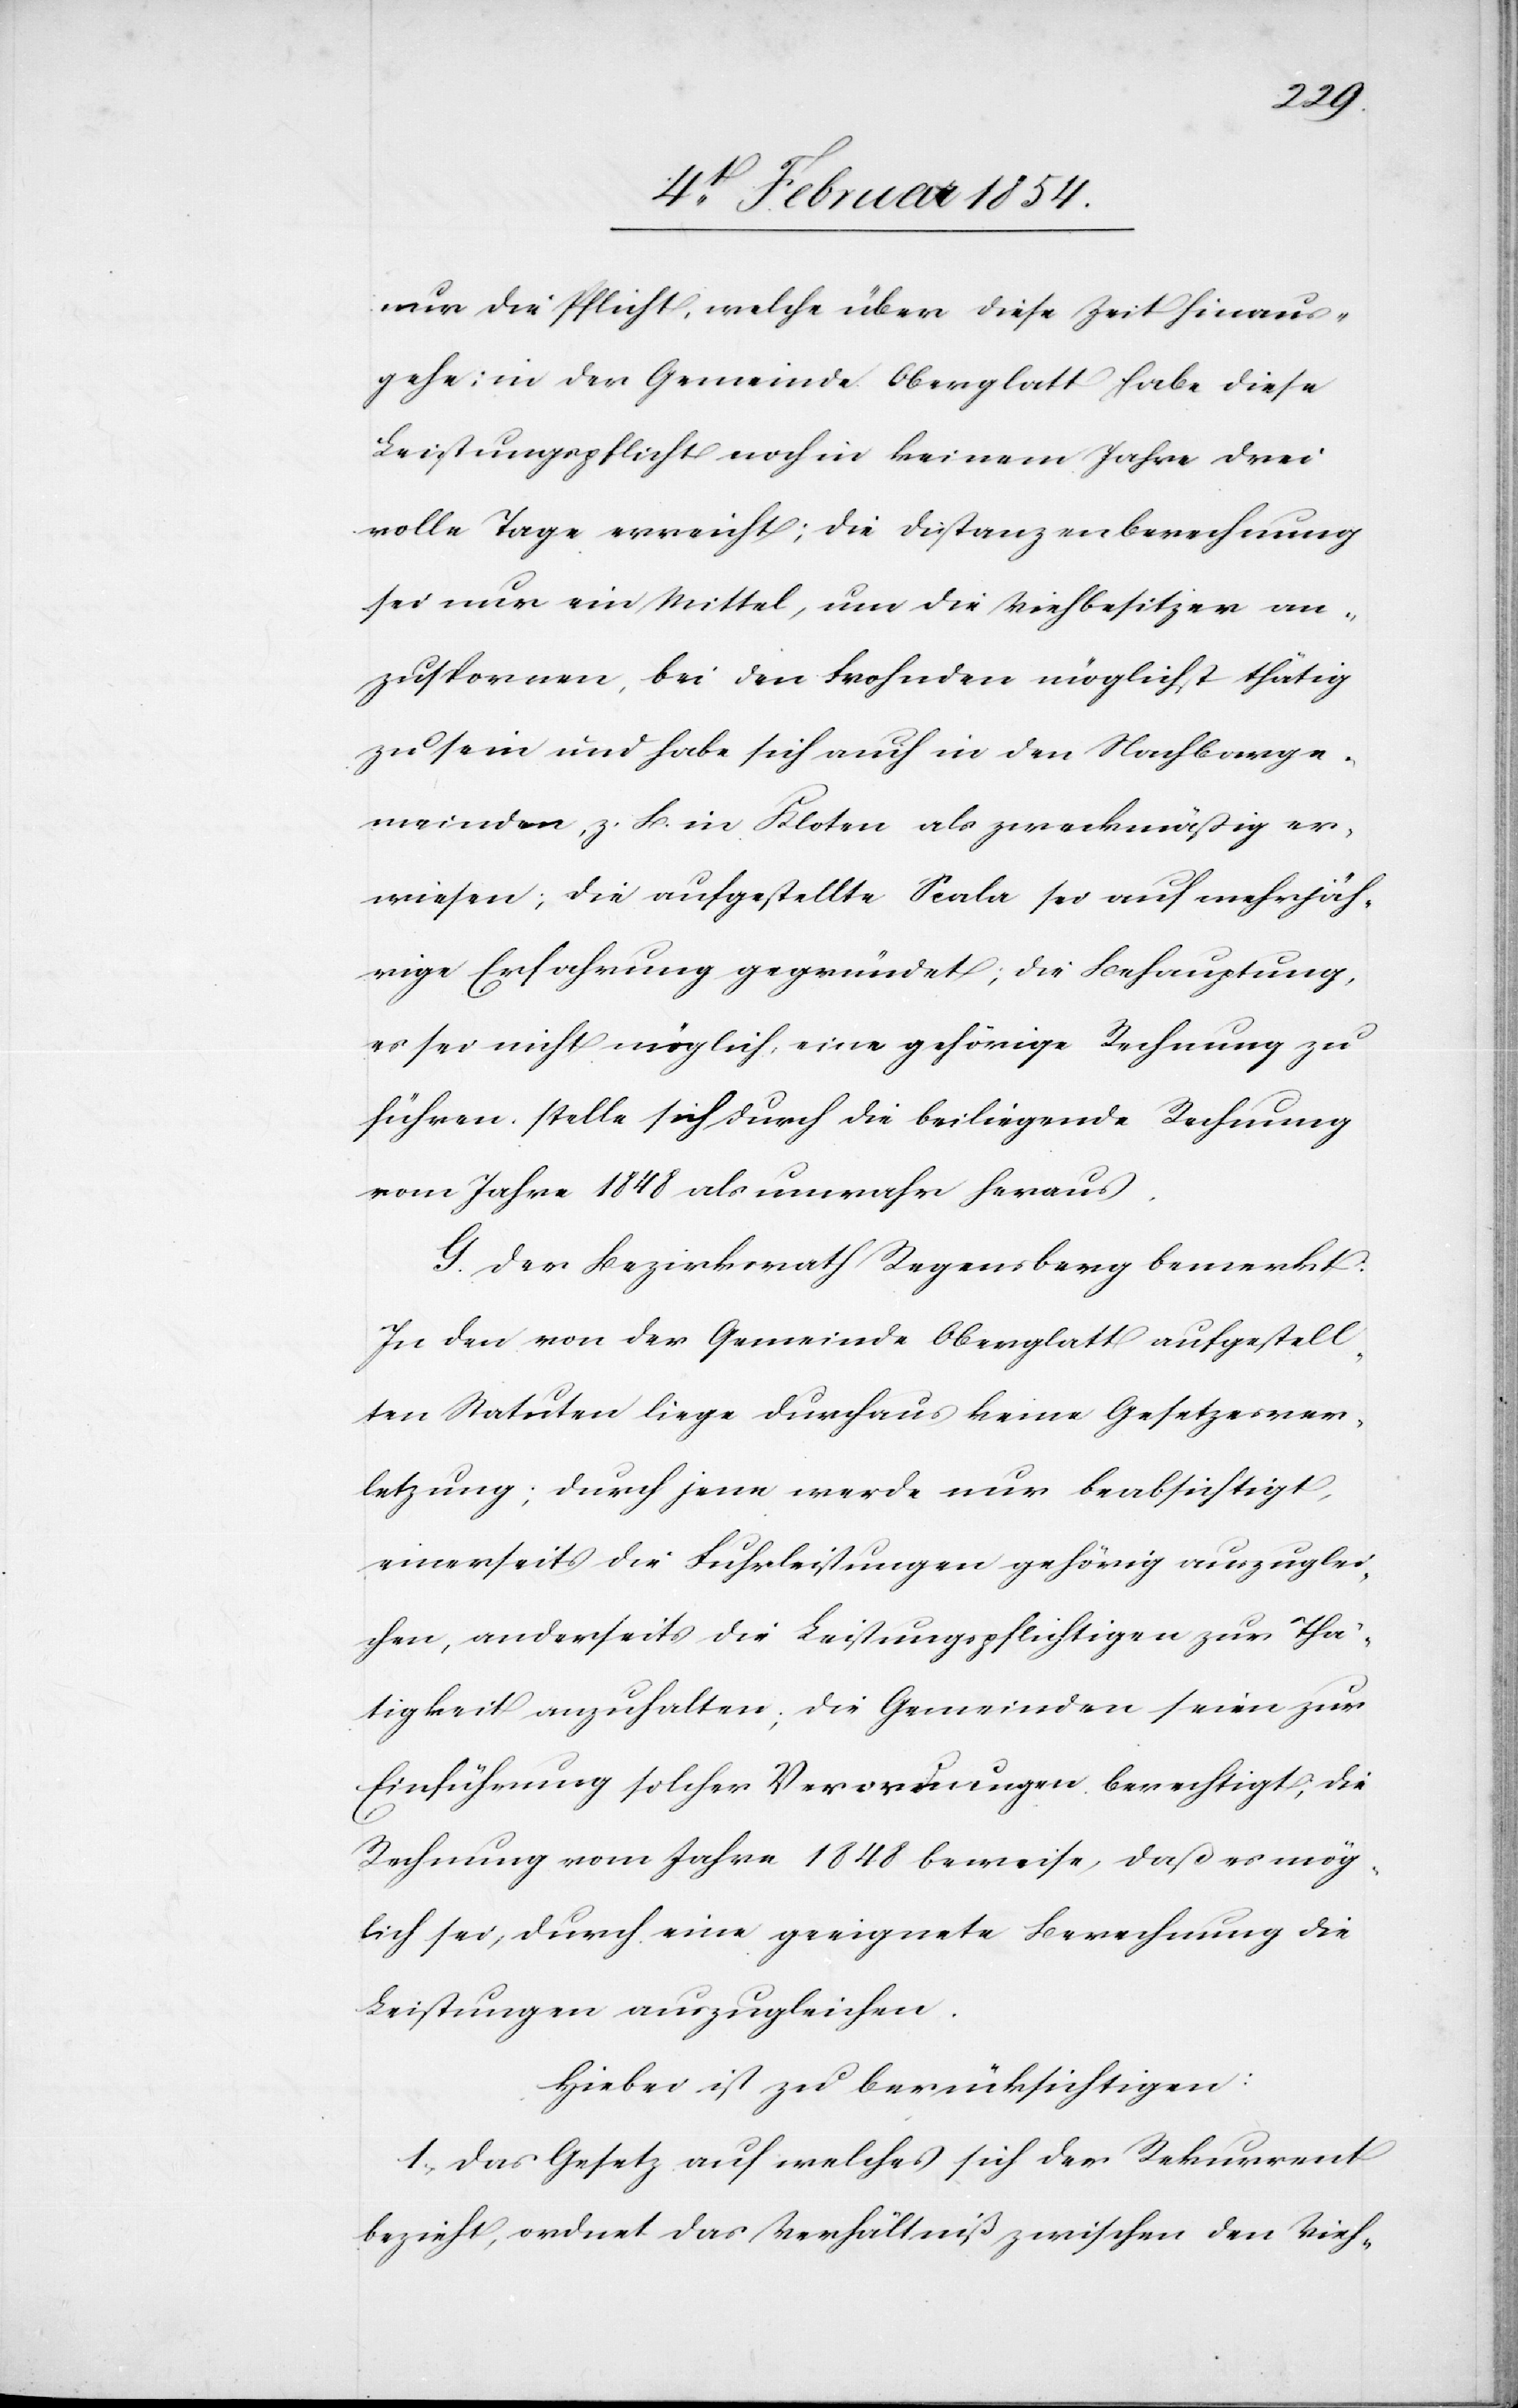
nur die Pflicht, welche über diese Zeit hinaus¬
gehe; in der Gemeinde Oberglatt habe diese
Leistungspflicht noch in keinem Jahre drei
volle Tage erreicht; die Distanzenberechnung
sei nur ein Mittel, um die Viehbesitzer an¬
zuspornen, bei den Frohnden möglichst thätig
zu sein und habe sich auch in den Nachbarge¬
meinden, z. B. in Kloten als zweckmäßig er¬
weisen; die aufgestellte Scala sei auf mehrjäh¬
rige Erfahrung gegründet; die Behauptung,
es sei nicht möglich, eine gehörige Rechnung zu
führen, stelle sich durch die beiliegende Rechnung
vom Jahre 1848 als unwahr heraus.
G. Der Bezirksrath Regensberg bemerkt:
In den von der Gemeinde Oberglatt aufgestell¬
ten Statuten liege durchaus keine Gesetzesver¬
letzung; durch jene werde nur beabsichtigt,,
einerseits die Fuhrleistungen gehörig auszuglei¬
chen, anderseits die Leistungspflichtigen zur Thä¬
tigkeit anzuhalten; die Gemeinden seien zur
Einführung solcher Verordnungen berechtigt, die
Rechnung vom Jahre 1848 beweise, daß es mög¬
lich sei, durch eine geeignete Berechnung die
Leistungen auszugleichen.
Hiebei ist zu berücksichtigen:
1. Das Gesetz auf welches sich der Rekurrent
bezieht, ordnet das Verhältniß zwischen den Vieh-